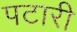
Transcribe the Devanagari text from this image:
पटारी